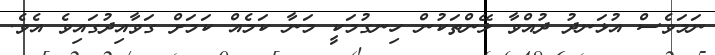
ނަމަވެސް އުޅަނދު ދުއްވާ ލޭންތަކުން ހިނގުމަކީ މަނާ ކަމެއް ކަމަށް ގަވާއިދުގައިވެ އެވެ.